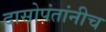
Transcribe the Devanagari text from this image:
दासोपंतांनीच